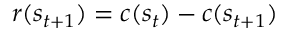
r ( s _ { t + 1 } ) = c ( s _ { t } ) - c ( s _ { t + 1 } )